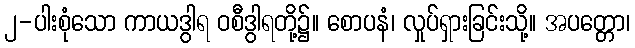
၂-ပါးစုံသော ကာယဒွါရ ဝစီဒွါရတို့၌။ စောပနံ၊ လှုပ်ရှားခြင်းသို့။ အပတ္တော၊